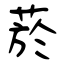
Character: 菸